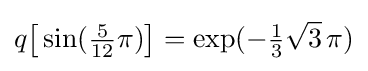
q{\bigl [}\sin({\tfrac {5}{12}}\pi ){\bigr ]}=\exp(-{\tfrac {1}{3}}{\sqrt {3}}\,\pi )